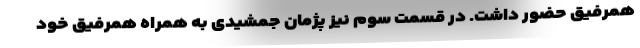
همرفیق حضور داشت. در قسمت سوم نیز پژمان جمشیدی به همراه همرفیق خود